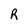
Character: R